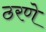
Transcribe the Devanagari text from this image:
ठरणे